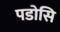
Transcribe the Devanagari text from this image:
पडोसि